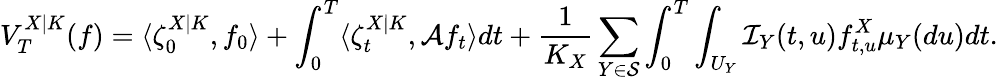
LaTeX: V_{T}^{X|K}(f)=\langle\zeta_{0}^{X|K},f_{0}\rangle+\int_{0}^{T}\langle\zeta_{t}^{X|K},\mathcal{A}f_{t}\rangle dt+\frac{1}{K_{X}}\sum_{Y\in\mathcal{S}}\int_{0}^{T}\int_{U_{Y}}\mathcal{I}_{Y}(t,u)f_{t,u}^{X}\mu_{Y}(du)dt.